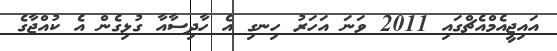
އައިޖީއެމްއެޗްގައި 2011 ވަނަ އަހަރު ހިނގި އެ ހާދިސާއާ ގުޅިގެން އެ ކުއްޖާގެ